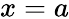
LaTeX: x=a